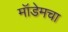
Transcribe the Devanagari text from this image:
मॉडेमचा